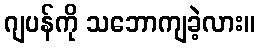
ဂျပန်ကို သဘောကျခဲ့လား။